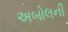
અબોલની